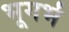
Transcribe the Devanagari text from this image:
भूगर्भं